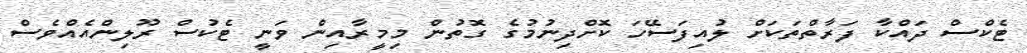
ޓެކްސް ދައްކާ ފަރާތްތަކަށް ލުއިފަސޭހަ ކޮށްދިނުމުގެ ގޮތުން މިމީރާއިން ވަނީ ޓެކުސް ރޫލިންއެއްވެސް